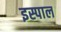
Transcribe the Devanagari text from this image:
इस्पाल